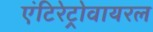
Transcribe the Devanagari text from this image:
एंटिरेट्रोवायरल